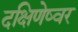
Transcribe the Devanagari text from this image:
दक्षिणेष्वर